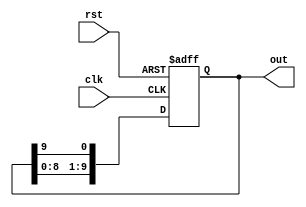
module DecadeRingCounter (
    input wire clk,      // Clock input
    input wire rst,      // Asynchronous reset
    output reg [9:0] out // 10-bit output representing the current state
);

// Initial state
initial begin
    out = 10'b0000000001; // Start at state 0
end

// Sequential logic for the ring counter
always @(posedge clk or posedge rst) begin
    if (rst) begin
        out <= 10'b0000000001; // Reset to state 0
    end else begin
        // Shift the '1' to the left, wrapping around
        out <= {out[8:0], out[9]}; // Shift left and wrap around
    end
end

endmodule